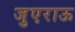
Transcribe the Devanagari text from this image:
जुएराऊ